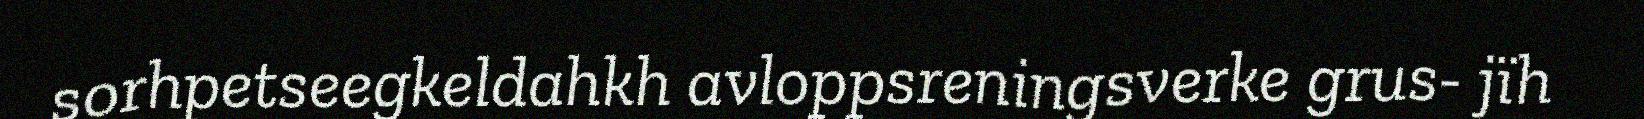
sorhpetseegkeldahkh avloppsreningsverke grus- jïh